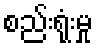
စည်းရုံးမှု